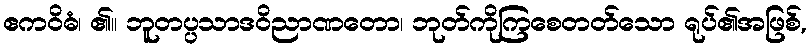
ဧကဝိဓံ၊ ၏။ ဘူတပ္ပသာဒဝိညာဏတော၊ ဘုတ်ကိုကြစေတတ်သော ရုပ်၏အဖြစ်,